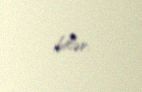
bilər.